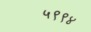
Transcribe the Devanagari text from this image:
५९९४